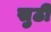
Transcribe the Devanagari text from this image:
सुठी